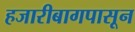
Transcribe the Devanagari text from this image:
हजारीबागपासून